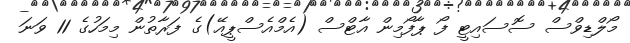
މޯލްޑިވްސް ސޮސައިޓީ ފޯ ޕާފޯމިން އާޓްސް (އެމްއެސްޕީއޭ)ގެ ފަރާތުން މިމަހުގެ 11 ވަނަ